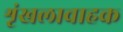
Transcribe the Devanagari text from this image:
शृंखलावाहक